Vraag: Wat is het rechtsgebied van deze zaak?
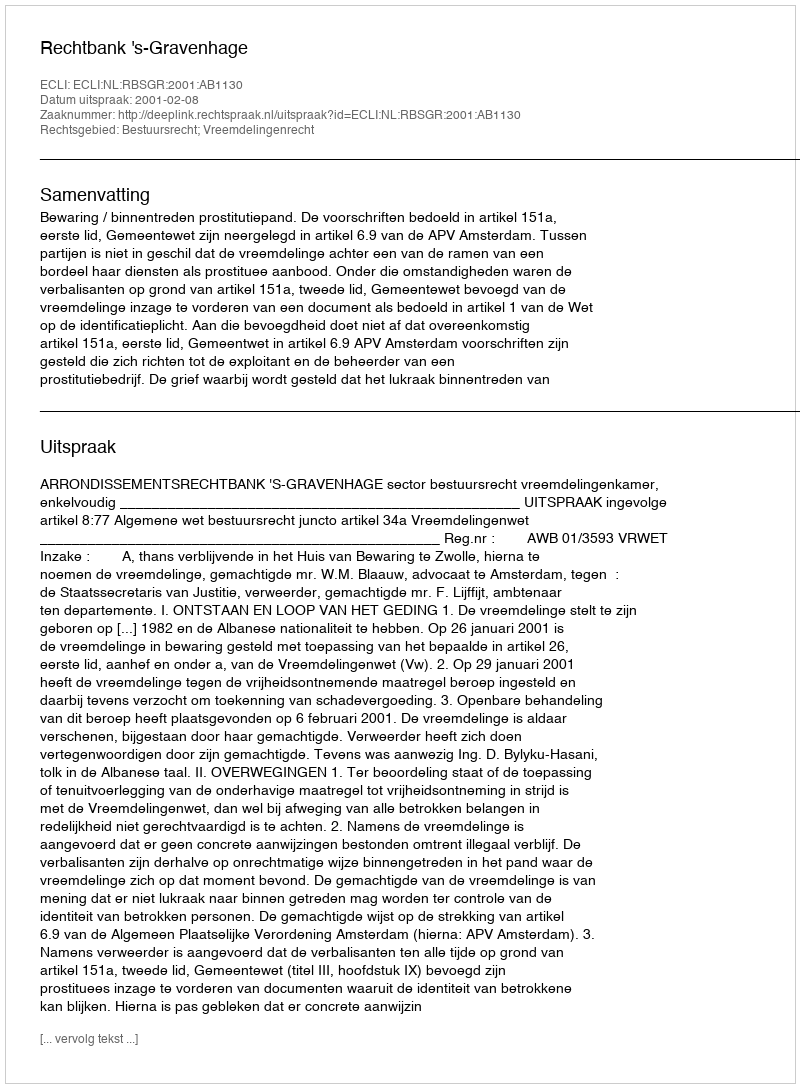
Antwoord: Bestuursrecht; Vreemdelingenrecht